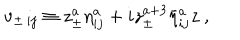
LaTeX: v _ { \pm \, i j } \equiv z _ { \pm } ^ { a } { \eta } _ { i j } ^ { a } + i z _ { \pm } ^ { a + 3 } { \bar { \eta } } _ { i j } ^ { a } z \ ,